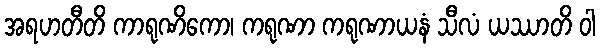
အရဟတီတိ ကာရုဏိကော၊ ကရုဏာ ကရုဏာယနံ သီလံ ယဿာတိ ဝါ